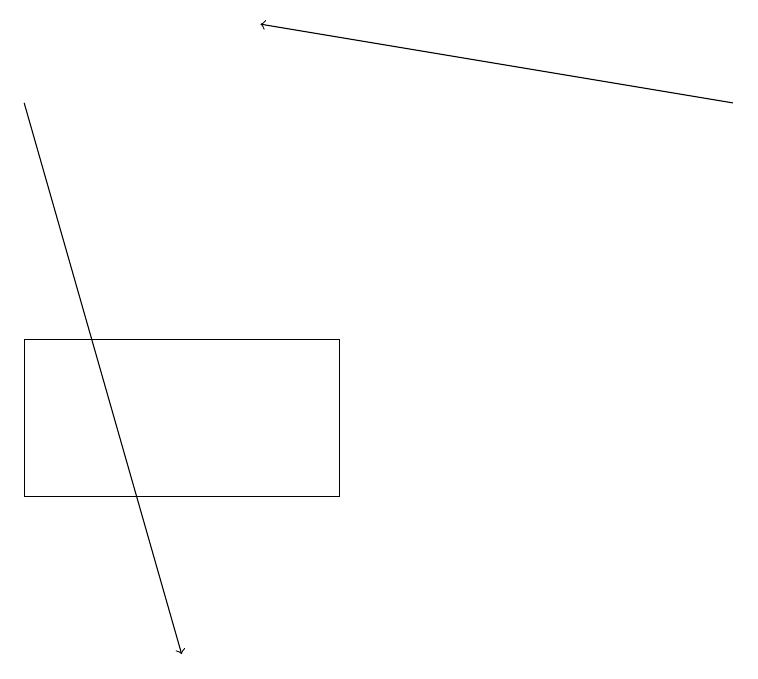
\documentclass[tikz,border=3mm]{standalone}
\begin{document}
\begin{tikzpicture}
\draw[->] (9,17) -- (3,18);
\draw (4,14) rectangle (0,12);
\draw[->] (0,17) -- (2,10);
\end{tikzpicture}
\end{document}